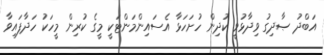
އަބްދު ޞާދިގު ވިދާޅުވީ ކުދިން ހުށަހަޅާ އެސައިންމަންޓަކީ މީގެ ކުރިން މީހަކު ހަދާފައިވާ